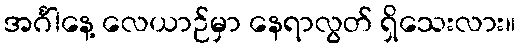
အင်္ဂါနေ့ လေယာဉ်မှာ နေရာလွတ် ရှိသေးလား။